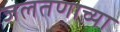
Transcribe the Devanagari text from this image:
जलतणाच्या